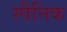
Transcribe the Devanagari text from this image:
स्पैनिक